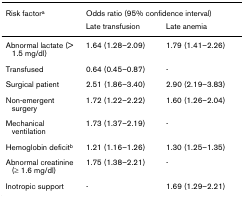
| Risk factora | <COLSPAN=2> Odds ratio (95% confidence interval) |
 |  | Late transfusion | Late anemia |
 | --- | --- | --- |
 | Abnormal lactate (> 1.5 mg/dl) | 1.64 (1.28–2.09) | 1.79 (1.41–2.26) |
 | Transfused | 0.64 (0.45–0.87) | - |
 | Surgical patient | 2.51 (1.86–3.40) | 2.90 (2.19–3.83) |
 | Non-emergent surgery | 1.72 (1.22–2.22) | 1.60 (1.26–2.04) |
 | Mechanical ventilation | 1.73 (1.37–2.19) | - |
 | Hemoglobin deficitb | 1.21 (1.16–1.26) | 1.30 (1.25–1.35) |
 | Abnormal creatinine (≥ 1.6 mg/dl) | 1.75 (1.38–2.21) | - |
 | Inotropic support | - | 1.69 (1.29–2.21) |